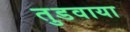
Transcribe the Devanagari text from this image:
तुडवाया